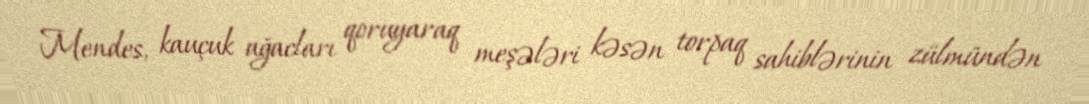
Mendes, kauçuk ağacları qoruyaraq meşələri kəsən torpaq sahiblərinin zülmündən